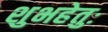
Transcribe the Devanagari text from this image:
शुभहेतुः